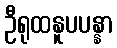
ဦရုထနူပပန္နာ